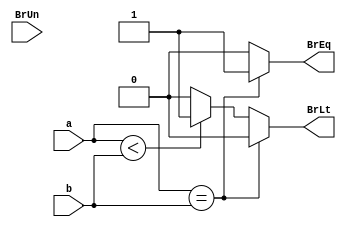
module BC(
    input [31:0]a,
    input [31:0]b,
    input BrUn,
    output BrEq,
    output BrLt
);

reg BrEq_reg;
reg BrLt_reg;

assign BrEq = BrEq_reg;
assign BrLt = BrLt_reg;

always@(*)
begin
    if(a==b)
    begin
        BrEq_reg = 1;
        BrLt_reg = 0;
    end
    else if($signed(a)<$signed(b))
    begin
        BrLt_reg = 1;
        BrEq_reg = 0;
    end
    else
    begin
        BrEq_reg = 0;
        BrLt_reg = 0;
    end
end

endmodule